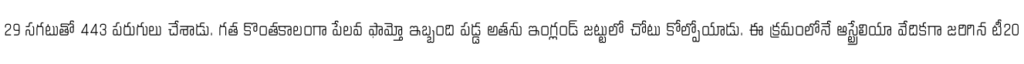
29 సగటుతో 443 పరుగులు చేశాడు. గత కొంతకాలంగా పేలవ ఫామ్తో ఇబ్బంది పడ్డ అతను ఇంగ్లండ్ జట్టులో చోటు కోల్పోయాడు. ఈ క్రమంలోనే ఆస్ట్రేలియా వేదికగా జరిగిన టీ20